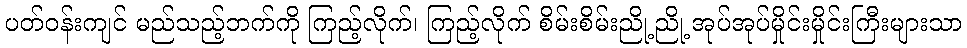
ပတ်ဝန်းကျင် မည်သည့်ဘက်ကို ကြည့်လိုက်၊ ကြည့်လိုက် စိမ်းစိမ်းညို့ညို့ အုပ်အုပ်မှိုင်းမှိုင်းကြီးများသာ